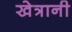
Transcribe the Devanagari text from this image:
खेत्रानी